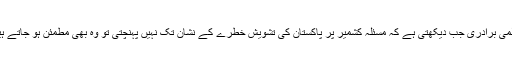
عالمی برادری جب دیکھتی ہے کہ مسئلہ کشمیر پر پاکستان کی تشویش خطرے کے نشان تک نہیں پہنچتی تو وہ بھی مطمئن ہو جاتے ہیں۔